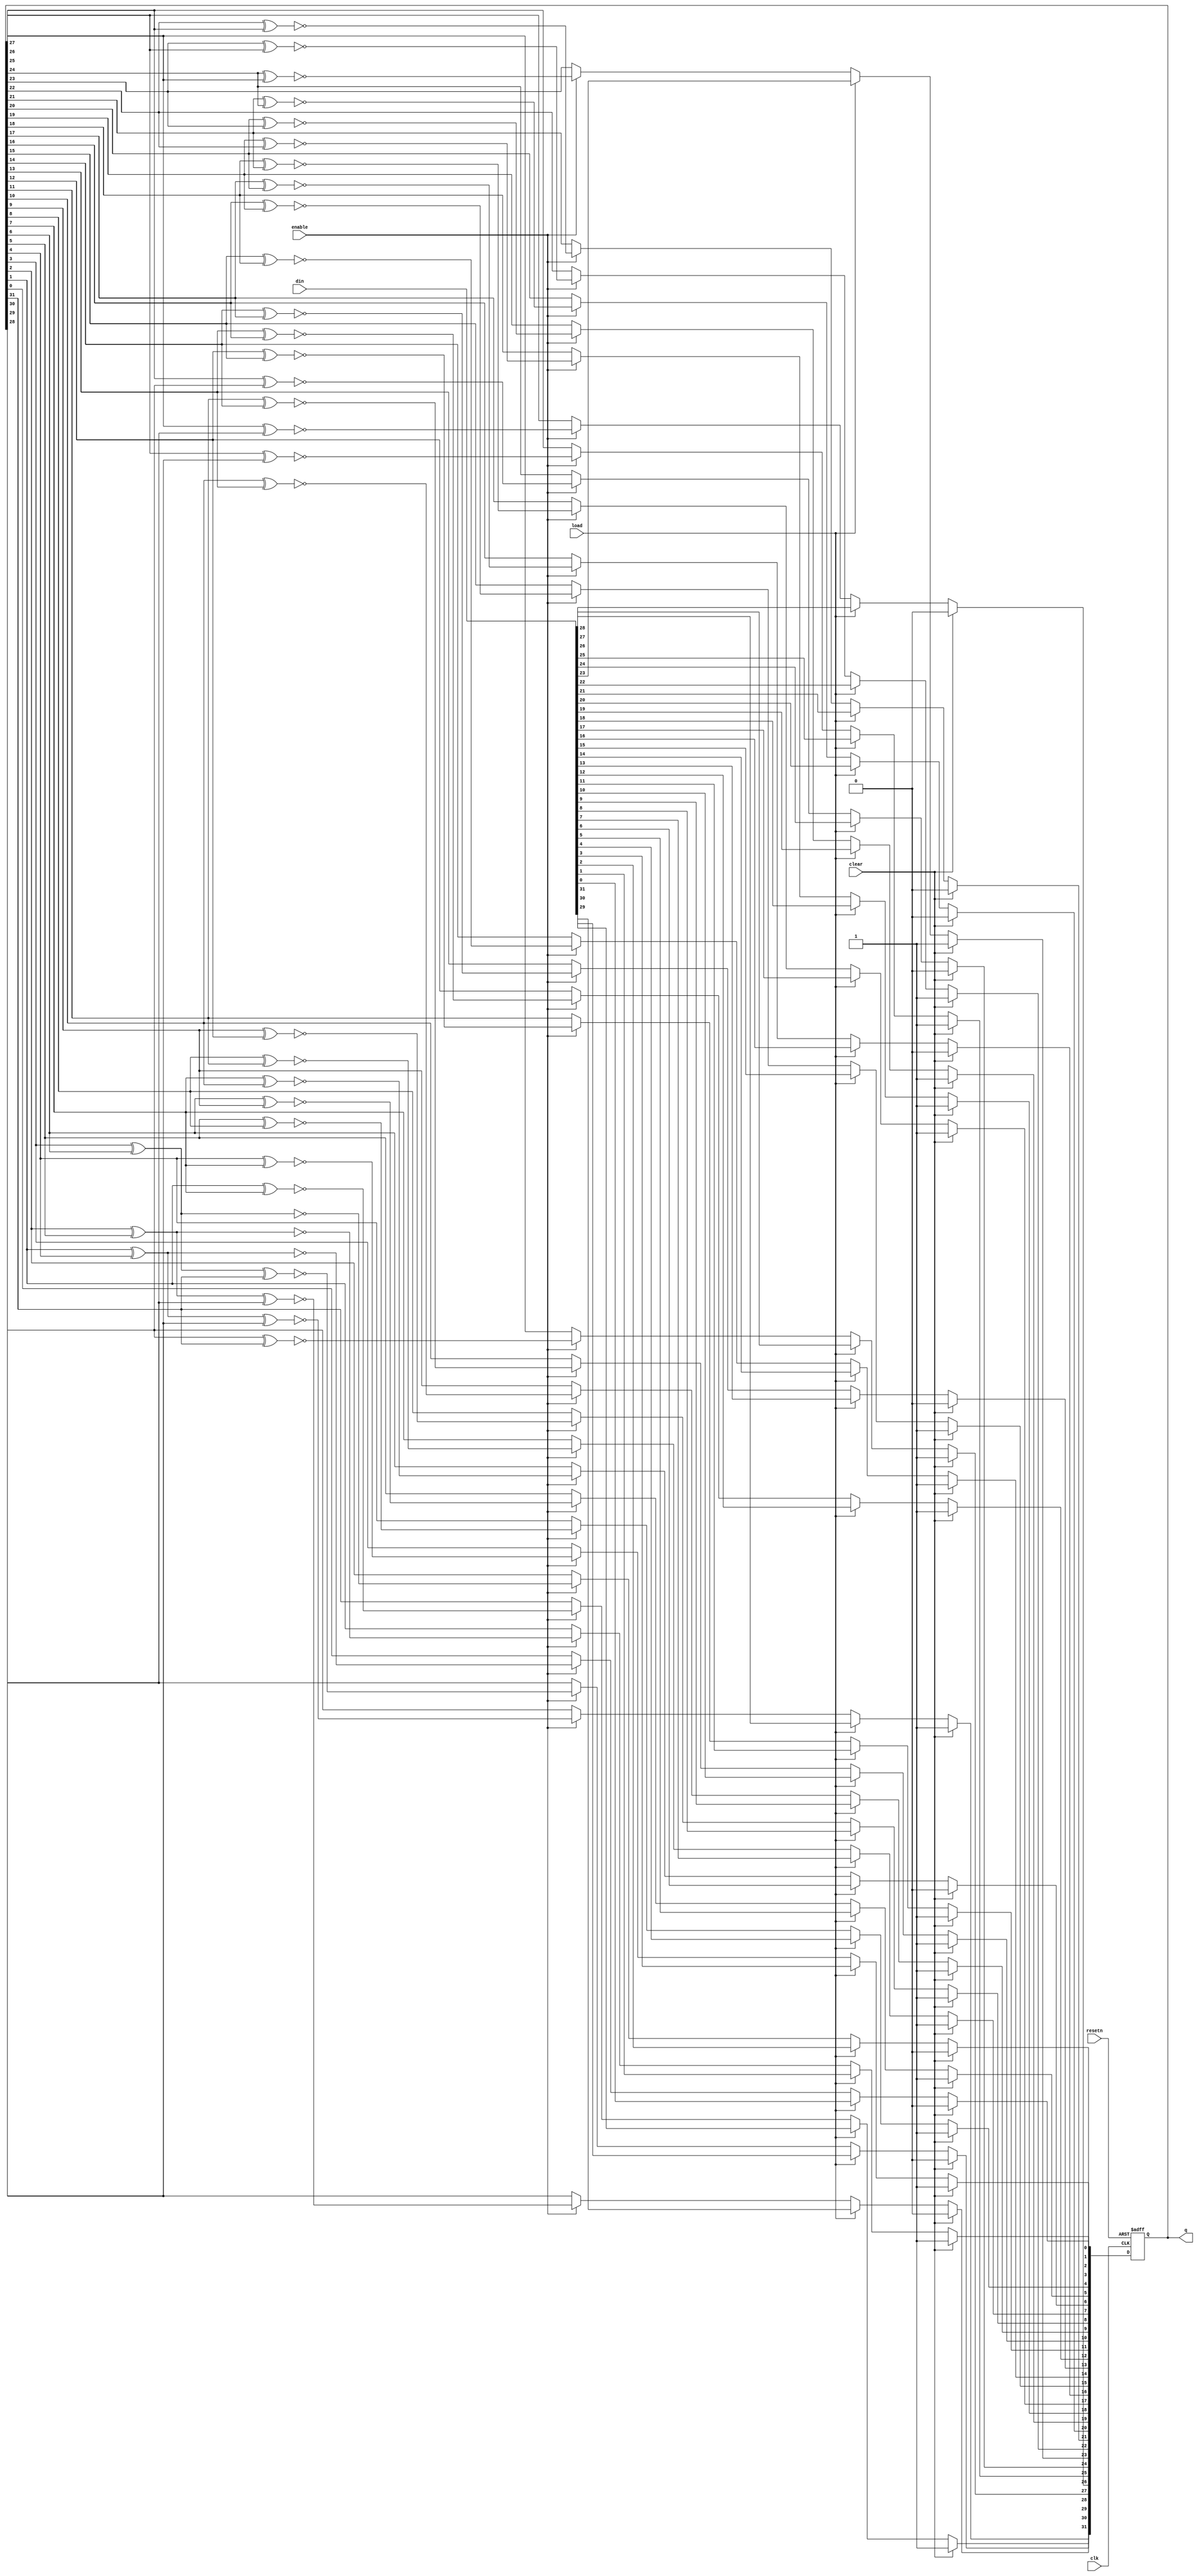
`timescale 1 ns / 100 ps
module lfsr32 
    (clk,
    resetn,
    clear,
    enable,
    load,
    din,
    q);
    
input               clk;
input               resetn;
input               clear;
input               enable;
input               load;
input   [31:0]      din;
output  [31:0]      q;  

reg     [31:0]      q;

always @ (posedge clk or negedge resetn) begin
    if (resetn==0) begin
        q[31:0] <= 32'h9acedfba;
    end
    else begin
        if (clear == 1)         
            q[31:0] <= 32'h9acedfba;
        else if (load == 1)
            q[31:0] <= din;
        else if (enable == 1)
        begin
            q[0] <= q[1] ^ q[4] ^ 1 ;
            q[1] <= q[2] ^ q[5] ^ 1 ;
            q[2] <= q[3] ^ q[6] ^ 1 ;
            q[3] <= q[4] ^ q[7] ^ 1 ;
            q[4] <= q[5] ^ q[8] ^ 1 ;
            q[5] <= q[6] ^ q[9] ^ 1 ;
            q[6] <= q[7] ^ q[10] ^ 1 ;
            q[7] <= q[8] ^ q[11] ^ 1 ;
            q[8] <= q[9] ^ q[12] ^ 1 ;
            q[9] <= q[10] ^ q[13] ^ 1 ;
            q[10] <= q[11] ^ q[14] ^ 1 ;
            q[11] <= q[12] ^ q[15] ^ 1 ;
            q[12] <= q[13] ^ q[16] ^ 1 ;
            q[13] <= q[14] ^ q[17] ^ 1 ;
            q[14] <= q[15] ^ q[18] ^ 1 ;
            q[15] <= q[16] ^ q[19] ^ 1 ;
            q[16] <= q[17] ^ q[20] ^ 1 ;
            q[17] <= q[18] ^ q[21] ^ 1 ;
            q[18] <= q[19] ^ q[22] ^ 1 ;
            q[19] <= q[20] ^ q[23] ^ 1 ;
            q[20] <= q[21] ^ q[24] ^ 1 ;
            q[21] <= q[22] ^ q[25] ^ 1 ;
            q[22] <= q[23] ^ q[26] ^ 1 ;
            q[23] <= q[24] ^ q[27] ^ 1 ;
            q[24] <= q[25] ^ q[28] ^ 1 ;
            q[25] <= q[26] ^ q[29] ^ 1 ;
            q[26] <= q[27] ^ q[30] ^ 1 ;
            q[27] <= q[28] ^ q[31] ^ 1 ;
            q[28] <= q[1] ^ q[4] ^ q[29] ^ 1 ;
            q[29] <= q[2] ^ q[5] ^ q[30] ^ 1 ;
            q[30] <= q[3] ^ q[6] ^ q[31] ^ 1 ;
            q[31] <= q[1] ^ q[7] ^ 1 ;
        end
    end
end

endmodule